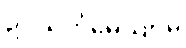
ဥပသင်္ကမေယျာမ